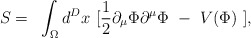
\begin{align*}S = ~\int_{\Omega} d^Dx ~[\frac{1}{2} \partial_{\mu} \Phi \partial^{\mu} \Phi ~- ~V(\Phi)~],\end{align*}